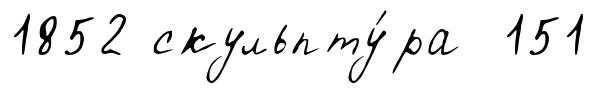
1852 скульпту́ра 151